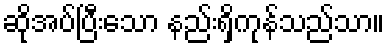
ဆိုအပ်ပြီးသော နည်းရှိကုန်သည်သာ။